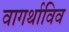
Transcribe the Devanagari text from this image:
वागर्थाविव